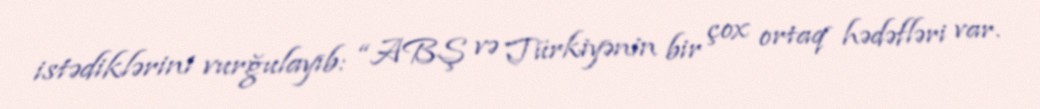
istədiklərini vurğulayıb: “ABŞ və Türkiyənin bir çox ortaq hədəfləri var.